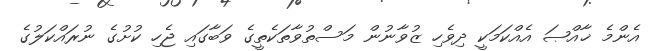
އެންމެ ޚާއްޞަ އެއްކަމަކީ ދިވެހި ޒުވާނުން މަސްތުވާތަކެތީގެ ވަބާގައި ޖެހި ކުށުގެ ނުރައްކަލުގެ